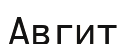
Авгит